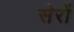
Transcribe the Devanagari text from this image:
सेरों